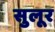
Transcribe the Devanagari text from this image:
सुलूर